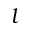
l